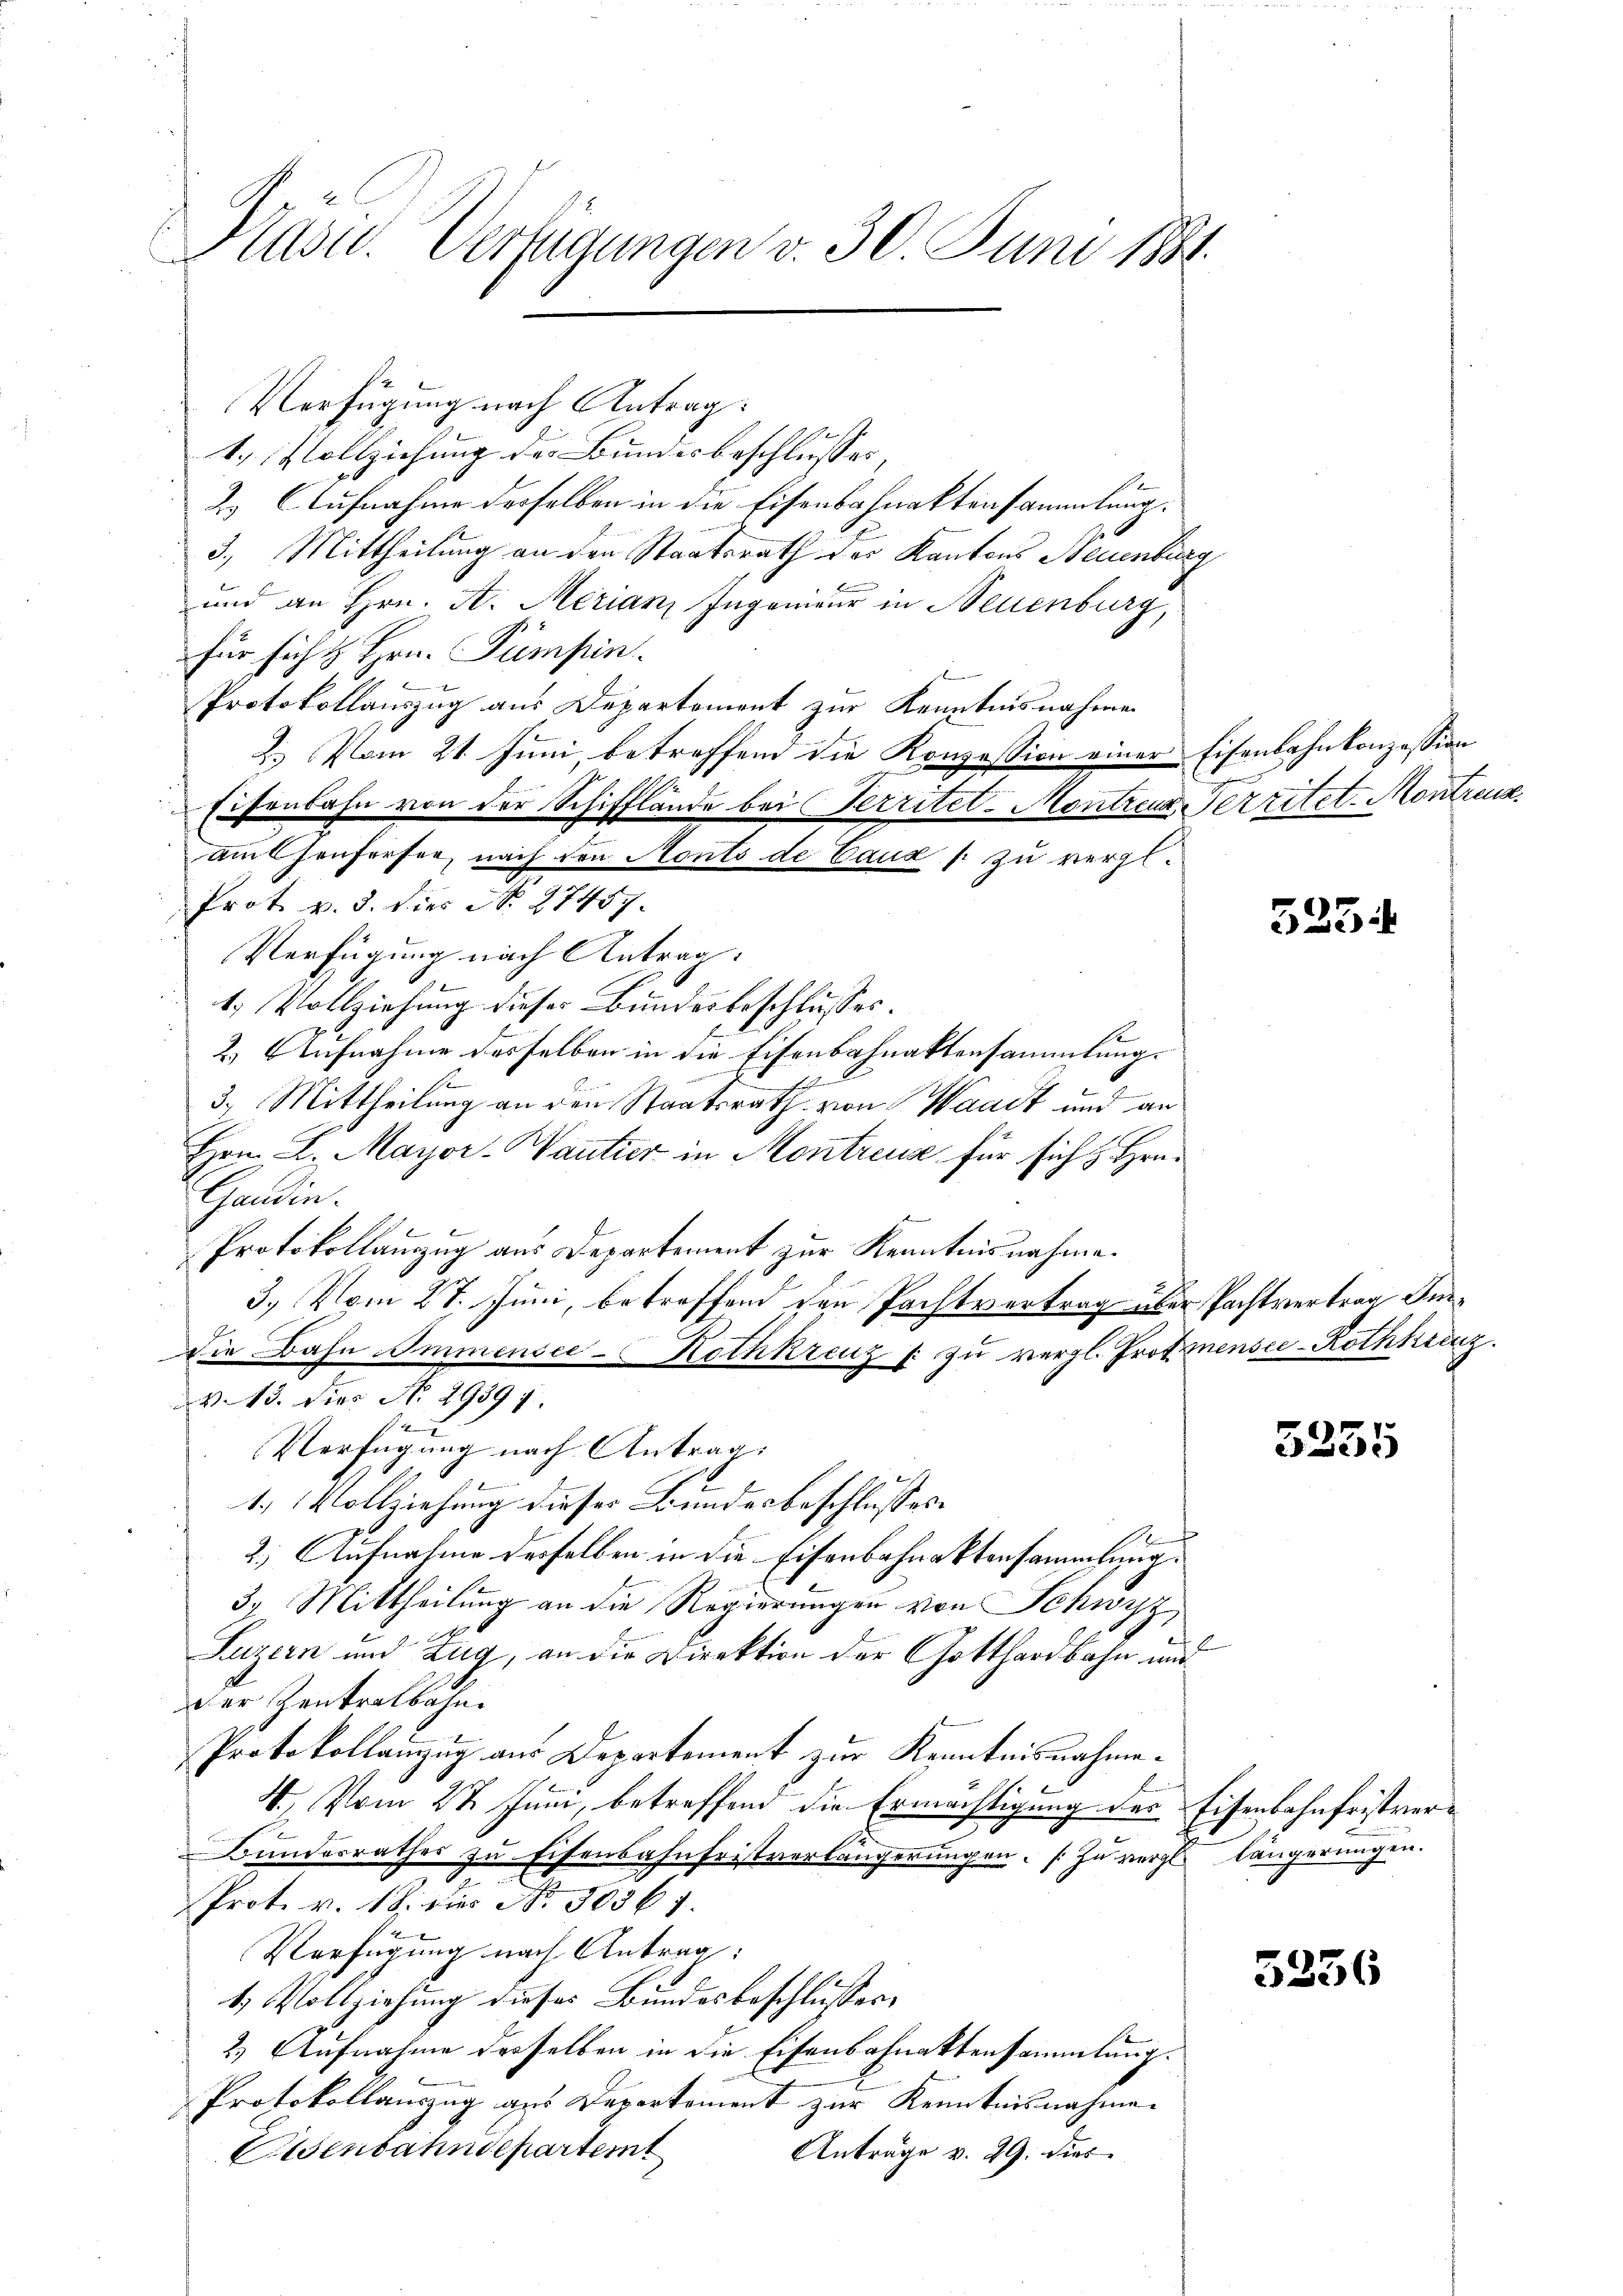
Kasu. Verfügungen v. 30. Juni 1881.

Verfügung nach Antrag:
1. Vollziehung des Bundesbeschlusses, |
2.) Aufnahme desselben in die Eisenbahnaktensammlung.
3. Mittheilung an den Staatsrath der Kantons Neuenburg
und an Hrn. A. Merianz Ingenieur in Neuenburg,
für sicht Hrn. Pumpin.
Protokollauszug aus Departement zur Kenntnisnahmen
2.) Vom 21. Juni, betreffend die Konzession einer Eisenbahnkonzession
Eisenbahn von der Schifflände bei Territet-Montreu erritet. Montreu
Amhenfersee, nach den Nonts de Caus s. zu vergl.
Prot. v. 3. dies N. 27457.
Verfügung nach Antrag:
1. Vollziehung dieses Bundesbeschlusses.
2.) Aufnahme desselben in die Eisenbahnaktensammlung.
.
3. Mittheilung an den Staatsrath von Waadt und an
Hrn. L. Mayor-Wantier in Montreux für sich z. Hrn.
Gaudin.
Protokollauszug aus Departement zur Kenntnisnahme.
3.) Vom 27. Juni, betreffend den Pachtvertrag über Pachtvertrag Im¬
2
die Bahn Immensee-Hothkreuz f: zu vergl. Grotmensee-Rothkreuz
V. 13. Dies No 29397.
Verfügung nach Antrag:
1.) Vollziehung dieser Bundesbeschlusses.
1
2.) Aufnahme desselben in die Eisenbahnaktensammlung.
37. Mittheilung an die Regierungen von Schwyz,
Luzern und Zug, an die Direktion der Gotthardbahn mit
der Zentralbahn
Protokollanzug aus Departement zur Kenntnisnahme.
4. Vom 27. Juni, betreffend die Ermächtigung des Eisenbahnfristver¬
Bundesrathes zu Eisenbahnfristverlängerungen. Zu vergl. längerungen.
Prot. v. 18. Für No. 50561.
Verfügung nach Antrag:
1 Vollziehung dieses Bundesbeschlusses,
2) Aufnahme desselben in die Eisenbahnaktensammlung.
Protokollauszug aus Departement zur Kenntnisnahmen
Eisenbahndepartemt
Anträge v. 29. dies

523

5331

5236